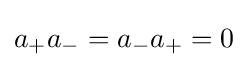
a_{+}a_{-}=a_{-}a_{+}=0